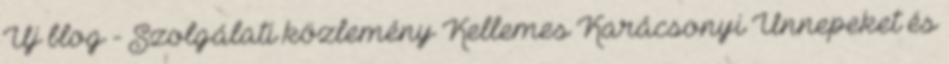
Új blog - Szolgálati közlemény Kellemes Karácsonyi Ünnepeket és